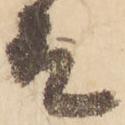
殿